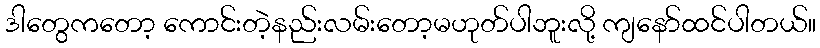
ဒါတွေကတော့ ကောင်းတဲ့နည်းလမ်းတော့မဟုတ်ပါဘူးလို့ ကျနော်ထင်ပါတယ်။